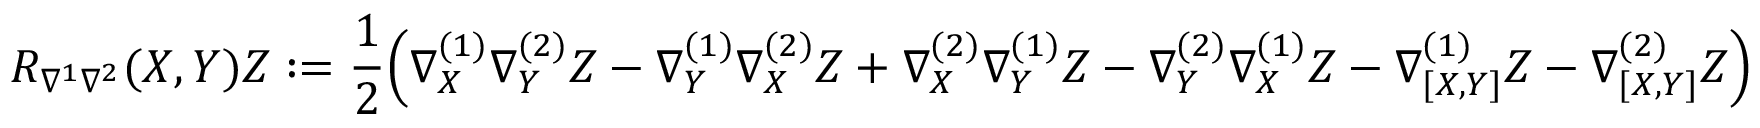
R _ { \nabla ^ { 1 } \nabla ^ { 2 } } ( X , Y ) Z : = \frac { 1 } { 2 } \Big ( \nabla _ { X } ^ { ( 1 ) } \nabla _ { Y } ^ { ( 2 ) } Z - \nabla _ { Y } ^ { ( 1 ) } \nabla _ { X } ^ { ( 2 ) } Z + \nabla _ { X } ^ { ( 2 ) } \nabla _ { Y } ^ { ( 1 ) } Z - \nabla _ { Y } ^ { ( 2 ) } \nabla _ { X } ^ { ( 1 ) } Z - \nabla _ { [ X , Y ] } ^ { ( 1 ) } Z - \nabla _ { [ X , Y ] } ^ { ( 2 ) } Z \Big )